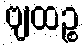
ဗျထဉ္စ